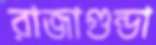
রাজাগুন্ডা